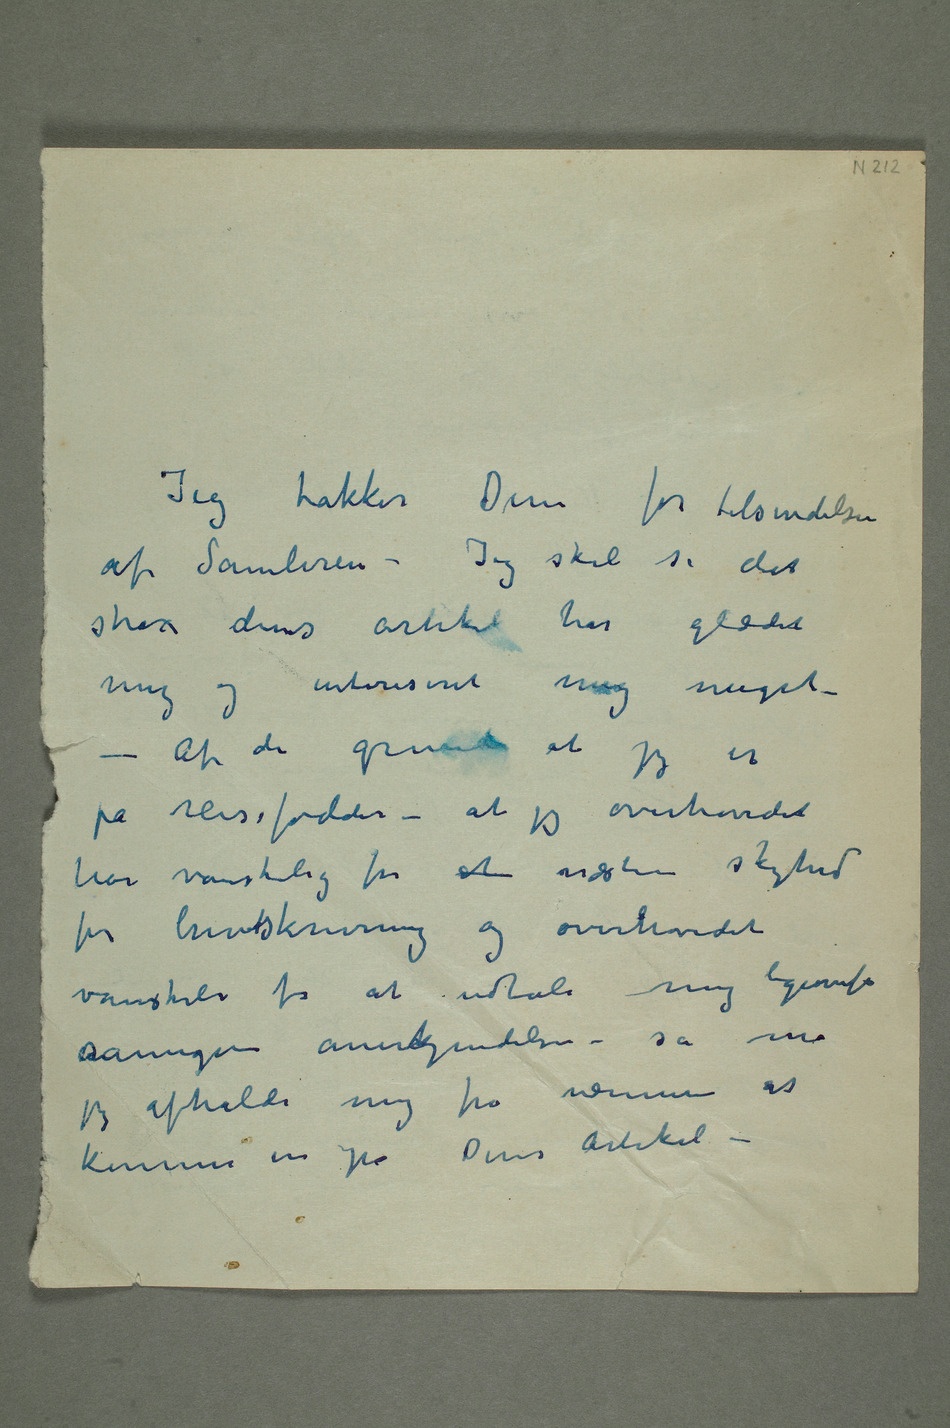
Jeg takker Dem for tilsendelsen
af Samleren – Jeg skal si det
strax deres artikel har glædet
mig og intereseret mig meget –
– Af de grunde at jeg er
på reisefødder – at jeg overhovedet
har vanskelig for at næsten skyhed
for brevskrivning og overhovedet
vanskeli for at udtale mig ligeoverfor
såmegen anerkjendelse – så må
jeg afholde mig fra nærmere at
komme in på Deres artikel –